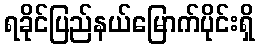
ရခိုင်ပြည်နယ်မြောက်ပိုင်းရှိ